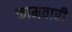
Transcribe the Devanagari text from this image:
कामवारी